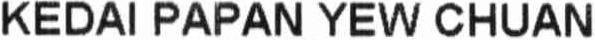
KEDAI PAPAN YEW CHUAN